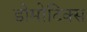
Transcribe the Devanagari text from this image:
डोमोटिक्स